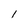
Character: 1